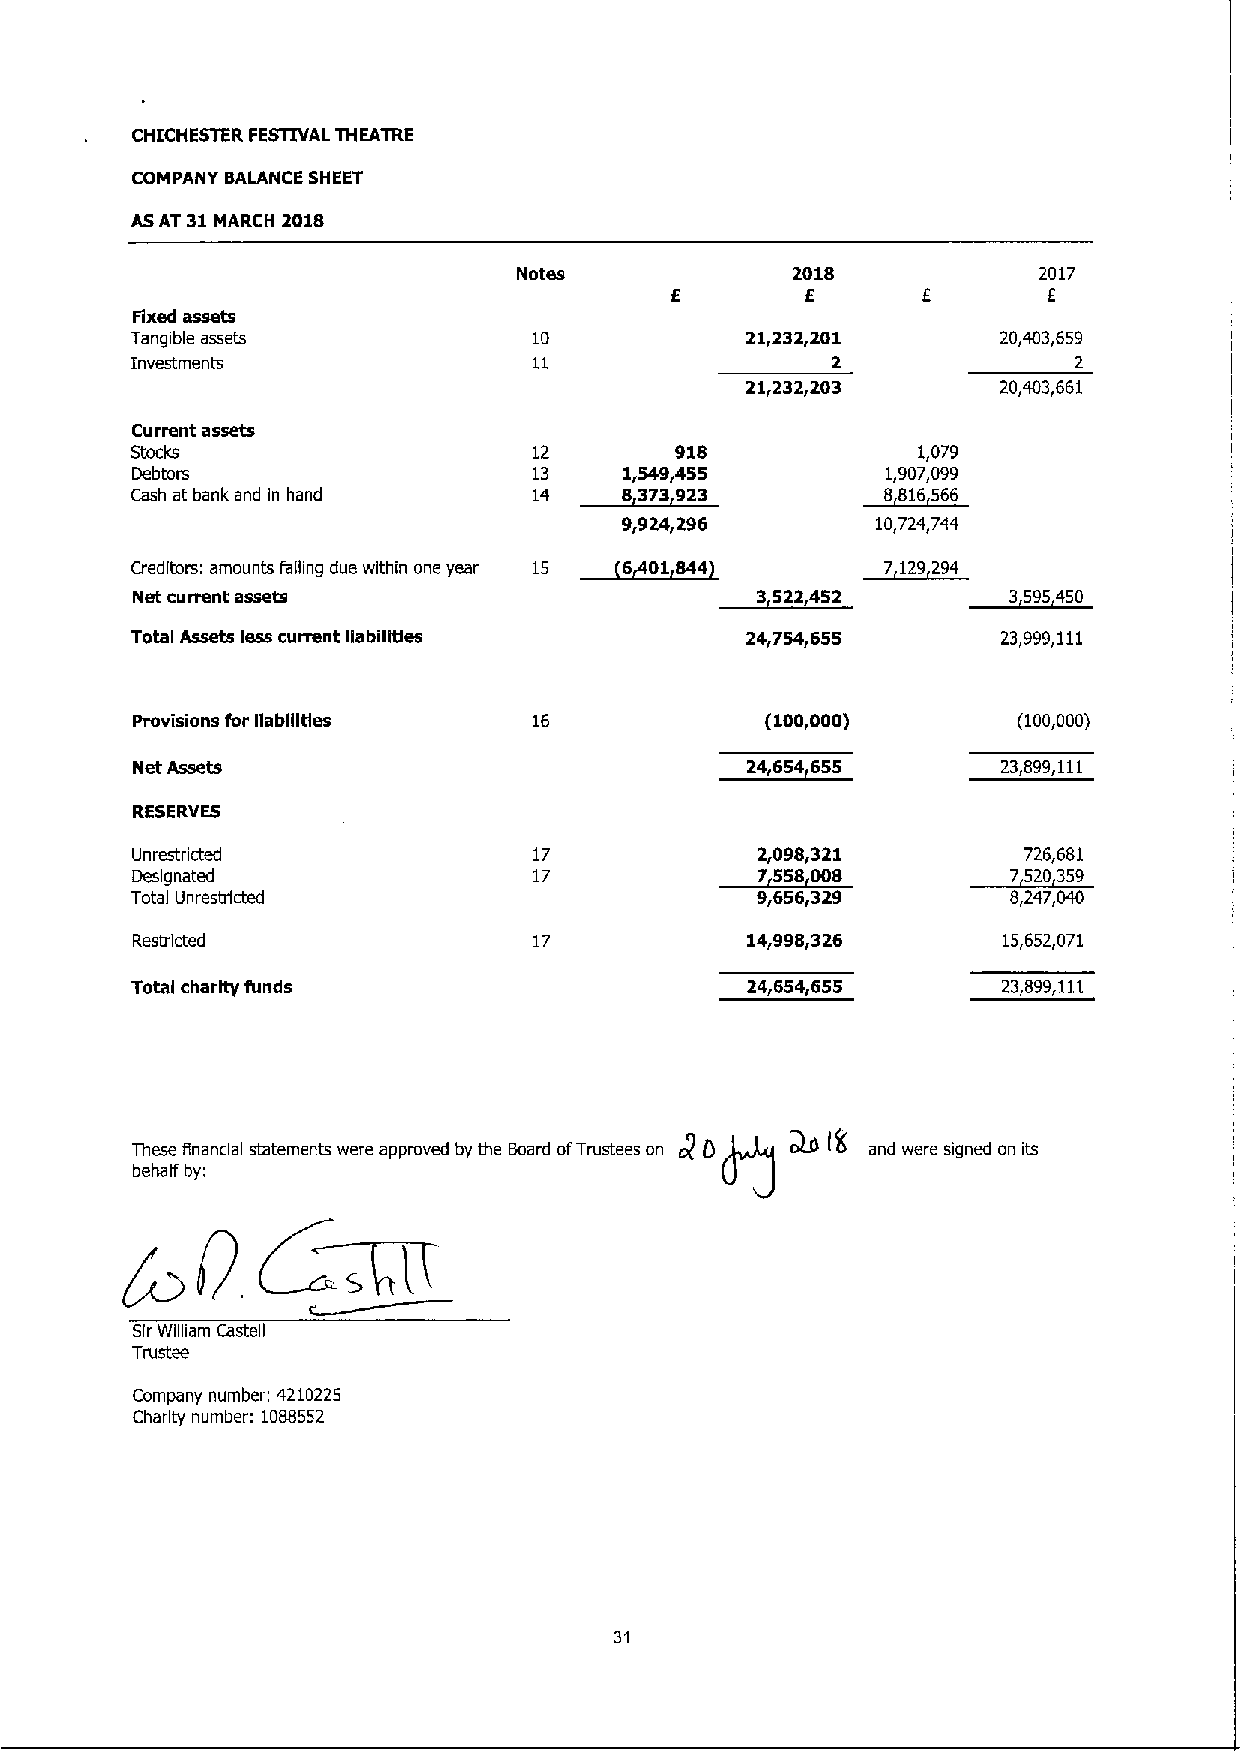
CHICHESTER FESTIVAL THEATRE
 COMPANY BALANCE SHEET
 ASAT 31MARCH 2018
 Notes             2018             2017
 6               I
 Fixed assets
 Tangible assets           10            21,232,201       20,403,659
 Investments               11                  2               2
 21,232,203       20,403,661
 Current assets
 Stocks                    12        918             1,079
 Debtors                   13    1,549,455         1,907,099
 Cash at bank and in hand  14                     8 816 66
 9,924,296        10,724,744
 Creditors: amounts falling due within one year     29 294
 Net current assets                       3522452          3595450
 Total Assets less current liabilities   24,754,655       23,999,111
 Provisions for liabilities 16             (100,000)       (100,000)
 Net Assets                                  4            23,899,111
 RESERVES
 Unrestricted              17             2,098,321         726,681
 Designated                17
 Total Unrestricted                       9,656,329        8,247,040
 Resirlcted                17            14,998,326       15,652,071
 Total charity funds                     24,654,65S       23,899,111
 These financial statements were approved by the Board ofTrustees on c2) () o)9 I(( and were signed on its
 behalf by;
 Sir William Casteg
 Trustee
 Company number. 4210225
 Charity number: 1088552
 31